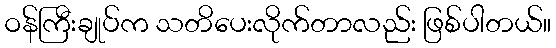
ဝန်ကြီးချုပ်က သတိပေးလိုက်တာလည်း ဖြစ်ပါတယ်။